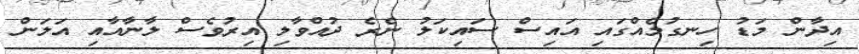
އިދާން މަޑު ހިނގުމެއްގައި އައިސް ސައިކަލު ނެރެ ދުއްވާލި އިރުވެސް ލާނާއާއި އަލަން